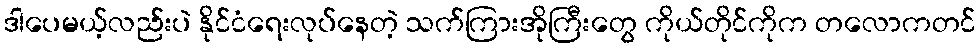
ဒါပေမယ့်လည်းပဲ နိုင်ငံရေးလုပ်နေတဲ့ သက်ကြားအိုကြီးတွေ ကိုယ်တိုင်ကိုက တလောကတင်